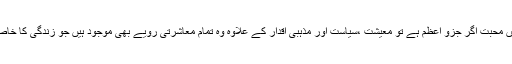
ان میں محبت اگر جزو اعظم ہے تو معیشت ،سیاست اور مذہبی اقدار کے علاوہ وہ تمام معاشرتی رویے بھی موجود ہیں جو زندگی کا خاصاہیں۔